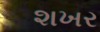
શખર